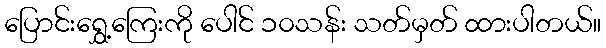
ပြောင်းရွှေ့ကြေးကို ပေါင် ၁၀သန်း သတ်မှတ် ထားပါတယ်။